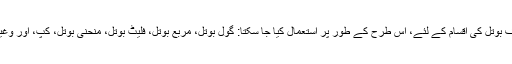
مشین مختلف بوتل کی اقسام کے لئے، اس طرح کے طور پر استعمال کیا جا سکتا: گول بوتل، مربع بوتل، فلیٹ بوتل، منحنی بوتل، کپ، اور وغیرہ وغیرہ ۔